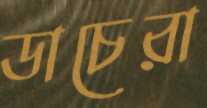
ডাচেরা